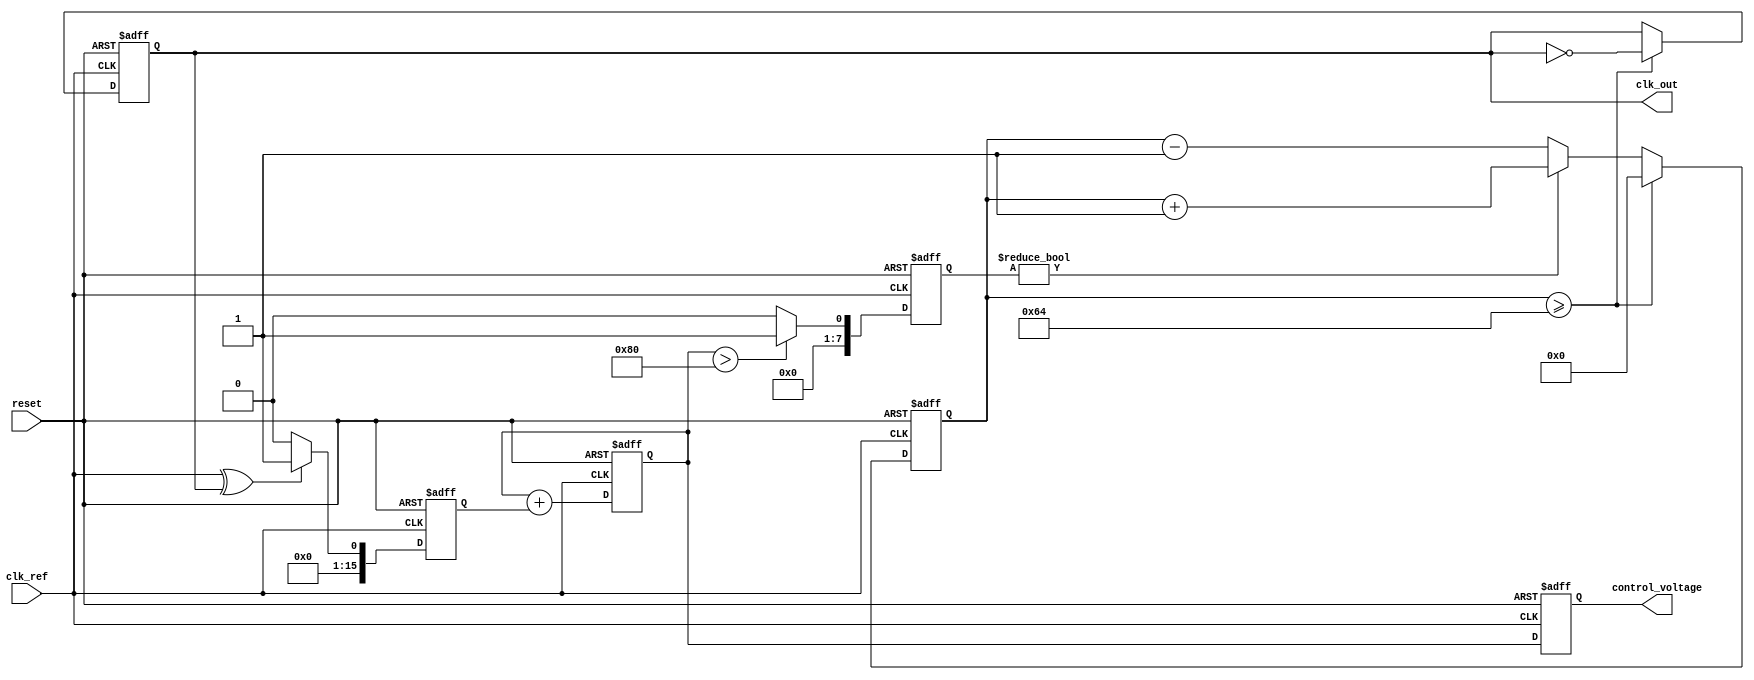
module sigma_delta_pll (
    input wire clk_ref,              // Reference clock input
    input wire reset,                // Asynchronous reset
    output wire clk_out,             // Output clock
    output reg [15:0] control_voltage // Control voltage (for VCO)
);

    // Parameters
    parameter N = 8;                 // Bit-width of the sigma-delta modulator
    parameter VCO_MAX_FREQ = 100;    // Max frequency of VCO (arbitrary unit)
    
    // Internal signals
    reg [15:0] phase_err;            // Phase error signal
    reg [15:0] filtered_err;         // Filtered error signal
    reg [N-1:0] sigma_delta_out;     // Output of the sigma-delta modulator
    reg [15:0] vco_control;           // Control signal for VCO
    reg [7:0] vco_counter;           // VCO frequency counter
    reg clk_vco;                     // VCO output clock

    // Phase Detector (PD)
    always @(posedge clk_ref or posedge reset) begin
        if (reset) begin
            phase_err <= 0;
        end else begin
            // Phase detection logic (simple XOR for demonstration)
            phase_err <= (clk_ref ^ clk_vco) ? 1 : 0;
        end
    end

    // Loop Filter (simple accumulator)
    always @(posedge clk_ref or posedge reset) begin
        if (reset) begin
            filtered_err <= 0;
        end else begin
            filtered_err <= filtered_err + phase_err; // Integrate error signal
        end
    end

    // Sigma-Delta Modulator
    always @(posedge clk_ref or posedge reset) begin
        if (reset) begin
            sigma_delta_out <= 0;
        end else begin
            // Simple 1-bit quantizer (for demonstration)
            if (filtered_err > (1 << (N-1))) begin
                sigma_delta_out <= 1;
            end else begin
                sigma_delta_out <= 0;
            end
        end
    end

    // Voltage-Controlled Oscillator (VCO)
    always @(posedge clk_ref or posedge reset) begin
        if (reset) begin
            vco_counter <= 0;
            clk_vco <= 0;
        end else begin
            // Adjust VCO frequency based on sigma delta output
            if (sigma_delta_out) begin
                vco_counter <= vco_counter + 1;
            end else begin
                vco_counter <= vco_counter - 1;
            end
            
            // Generate VCO clock output based on counter
            if (vco_counter >= VCO_MAX_FREQ) begin
                clk_vco <= ~clk_vco;
                vco_counter <= 0;
            end
        end
    end

    // Output Clock
    assign clk_out = clk_vco;

    // Control voltage output (for external use)
    always @(posedge clk_ref or posedge reset) begin
        if (reset) begin
            control_voltage <= 0;
        end else begin
            control_voltage <= filtered_err; // Output control voltage
        end
    end

endmodule